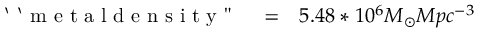
\begin{array} { r l r } { \mathrm { ~ ` ~ ` ~ m ~ e ~ t ~ a ~ l ~ d ~ e ~ n ~ s ~ i ~ t ~ y ~ " ~ } } & { { } = } & { 5 . 4 8 * 1 0 ^ { 6 } M _ { \odot } M p c ^ { - 3 } } \end{array}